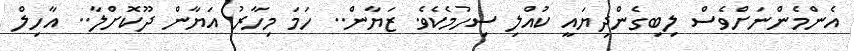
އެންމެންނަށްވެސް ލިބިގެންދިޔައީ ކުއްލި ސިހުމެކެވެ. ޒަޔާން.. ހަމަ މިހާރު އަޔާން ދޫކޮށްލާ.. އާހިލް